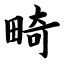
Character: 畸